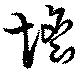
憺